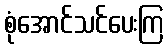
စုံအောင်သင်ပေးကြ